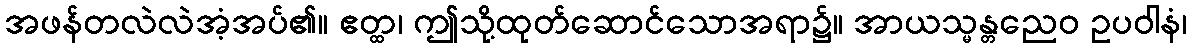
အဖန်တလဲလဲအံ့အပ်၏။ ဧတ္ထ၊ ဤသို့ထုတ်ဆောင်သောအရာ၌။ အာယသ္မန္တညေဝ ဥပဝါနံ၊